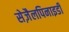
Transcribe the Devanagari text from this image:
सेज़ैलपिनाइडी